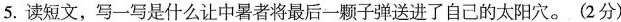
5.读短文，写一写是什么让中暑者将最后一颗子弹送进了自己的太阳穴。(2分)